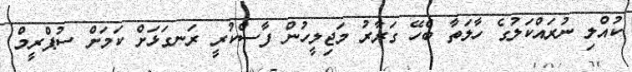
ކުއްލި ނުރައްކަލުގެ ހާލަތާ ބެހޭ ގަރާރު މަޖިލީހުން ފާސްކުރީ ރަނގަޅަށް ކަމަށް ސުޕްރީމް